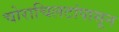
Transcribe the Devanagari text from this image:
चोराचिलटांपासून